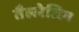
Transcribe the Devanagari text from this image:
तैलरेजिन